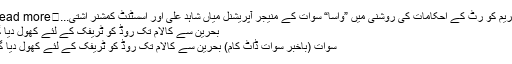
سپریم کو رٹ کے احکامات کی روشنی میں ”واسا“ سوات کے منیجر آپریشنل میاں شاہد علی اور اسسٹنٹ کمشنر اشتی...	Read more
بحرین سے کالام تک روڈ کو ٹریفک کے لئے کھول دیا گیا
سوات (باخبر سوات ڈاٹ کام) بحرین سے کالام تک روڈ کو ٹریفک کے لئے کھول دیا گیا۔